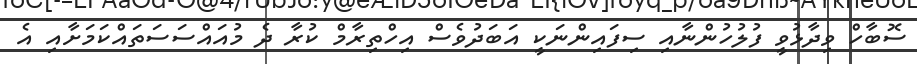
ސޮބާހް ވިދާޅުވީ ފުލުހުންނާއި ސިފައިންނަކީ އަބަދުވެސް އިހްތިރާމް ކުރާ ދެ މުއައްސަސަތައްކަމަށާއި އެ